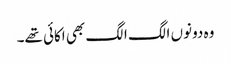
وہ دونوں الگ الگ بھی اکائی تھے۔